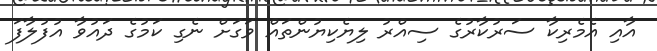
އާއި އެމެރިކާ ސަރުކާރުގެ ސިއްރު ލިޔެކިޔުންތައް ވަގަށް ނެގި ކަމުގެ ދައުވާ އުފުލާފަ